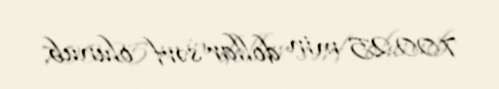
700.25 min dollar sərf olunub.